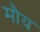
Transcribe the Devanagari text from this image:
मौय